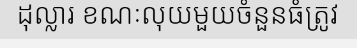
ដុល្លារ ខណៈលុយមួយចំនួនធំត្រូវ